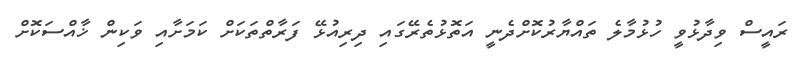
ރައީސް ވިދާޅުވީ ހުޅުމާލެ ތައްޔާރުކޮށްދެނީ އަތޮޅުތެރޭގައި ދިރިއުޅޭ ފަރާތްތަކަށް ކަމަށާއި ވަކިން ޚާއްސަކޮށް